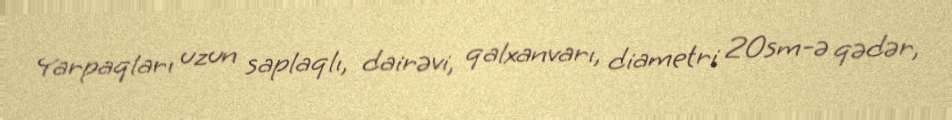
Yarpaqları uzun saplaqlı, dairəvi, qalxanvarı, diametri 20sm-ə qədər,